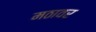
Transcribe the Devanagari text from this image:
मठावर